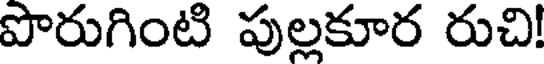
పొరుగింటి పుల్లకూర రుచి!